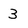
Character: 3